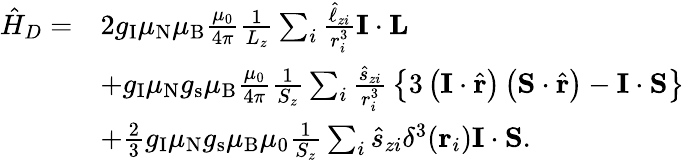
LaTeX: {\begin{array}{rl}{{\hat{H}}_{D}=}&{2g_{\mathrm{I}}\mu_{\mathrm{N}}\mu_{\mathrm{B}}{\frac{\mu_{0}}{4\pi}}{\frac{1}{L_{z}}}\sum_{i}{\frac{{\hat{\ell}}_{zi}}{r_{i}^{3}}}\mathbf{I}\cdot\mathbf{L}}\\ &{+g_{\mathrm{I}}\mu_{\mathrm{N}}g_{\mathrm{s}}\mu_{\mathrm{B}}{\frac{\mu_{0}}{4\pi}}{\frac{1}{S_{z}}}\sum_{i}{\frac{{\hat{s}}_{zi}}{r_{i}^{3}}}\left\{ 3\left(\mathbf{I}\cdot{\hat{\mathbf{r}}}\right)\left(\mathbf{S}\cdot{\hat{\mathbf{r}}}\right)-\mathbf{I}\cdot\mathbf{S}\right\} }\\ &{+{\frac{2}{3}}g_{\mathrm{I}}\mu_{\mathrm{N}}g_{\mathrm{s}}\mu_{\mathrm{B}}\mu_{0}{\frac{1}{S_{z}}}\sum_{i}{\hat{s}}_{zi}\delta^{3}{\left(\mathbf{r}_{i}\right)}\mathbf{I}\cdot\mathbf{S}.}\end{array}}